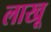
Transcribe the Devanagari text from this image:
लाखू